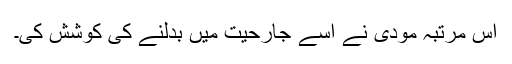
اس مرتبہ مودی نے اسے جارحیت میں بدلنے کی کوشش کی۔